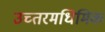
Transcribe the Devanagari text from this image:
उच्तरमधिमिक